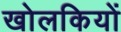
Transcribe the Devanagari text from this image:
खोलकियों